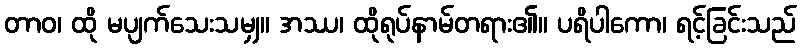
တာဝ၊ ထို မပျက်သေးသမျှ။ အဿ၊ ထိုရုပ်နာမ်တရား၏။ ပရိပါကော၊ ရင့်ခြင်းသည်